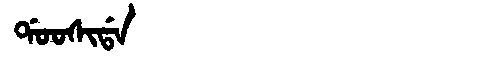
Manchu: ᡩᠣᠣᠰᡳᡩᠠ
Romanization: DOOSIDA